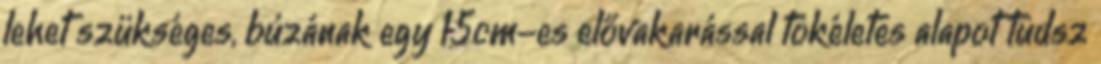
lehet szükséges, búzának egy 15cm-es elővakarással tökéletes alapot tudsz